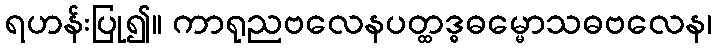
ရဟန်းပြု၍။ ကာရုညဗလေနပတ္ထဒ္ဓဓမ္မောသဓဗလေန၊